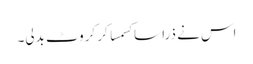
اس نے ذرا سا کسمسا کر کروٹ بدلی۔